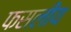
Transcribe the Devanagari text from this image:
फसलीय